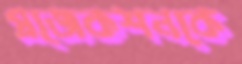
প্রজেকশনকে